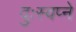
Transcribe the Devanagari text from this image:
दुःस्वप्ने